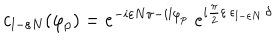
c _ { l - \varepsilon N } ( \varphi _ { p } ) = e ^ { - i \varepsilon N \pi - i l \varphi _ { p } } \; e ^ { i { \frac { \pi } { 2 } } \varepsilon \, \epsilon _ { l - \varepsilon N } \, \delta }